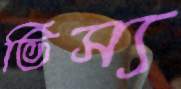
ভিস্য